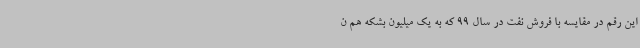
این رقم در مقایسه با فروش نفت در سال 99 که به یک میلیون بشکه هم ن